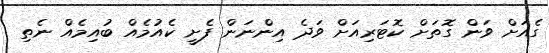
ގެއަށް ވަން ގޮތަށް ކޮޓަރިއަށް ވަދެ އިންނަން ފެށީ ކެއުމެއް ބުއިމެއް ނެތި